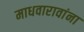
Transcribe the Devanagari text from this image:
माधवारावांना